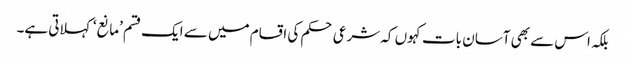
بلکہ اس سے بھی آسان بات کہوں کہ شرعی حکم کی اقسام میں سے ایک قسم ’مانع‘ کہلاتی ہے۔